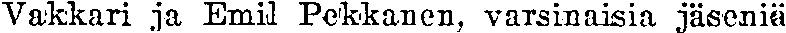
Vakkari ja Emil Pekkanen, varsinaisia jäseniä